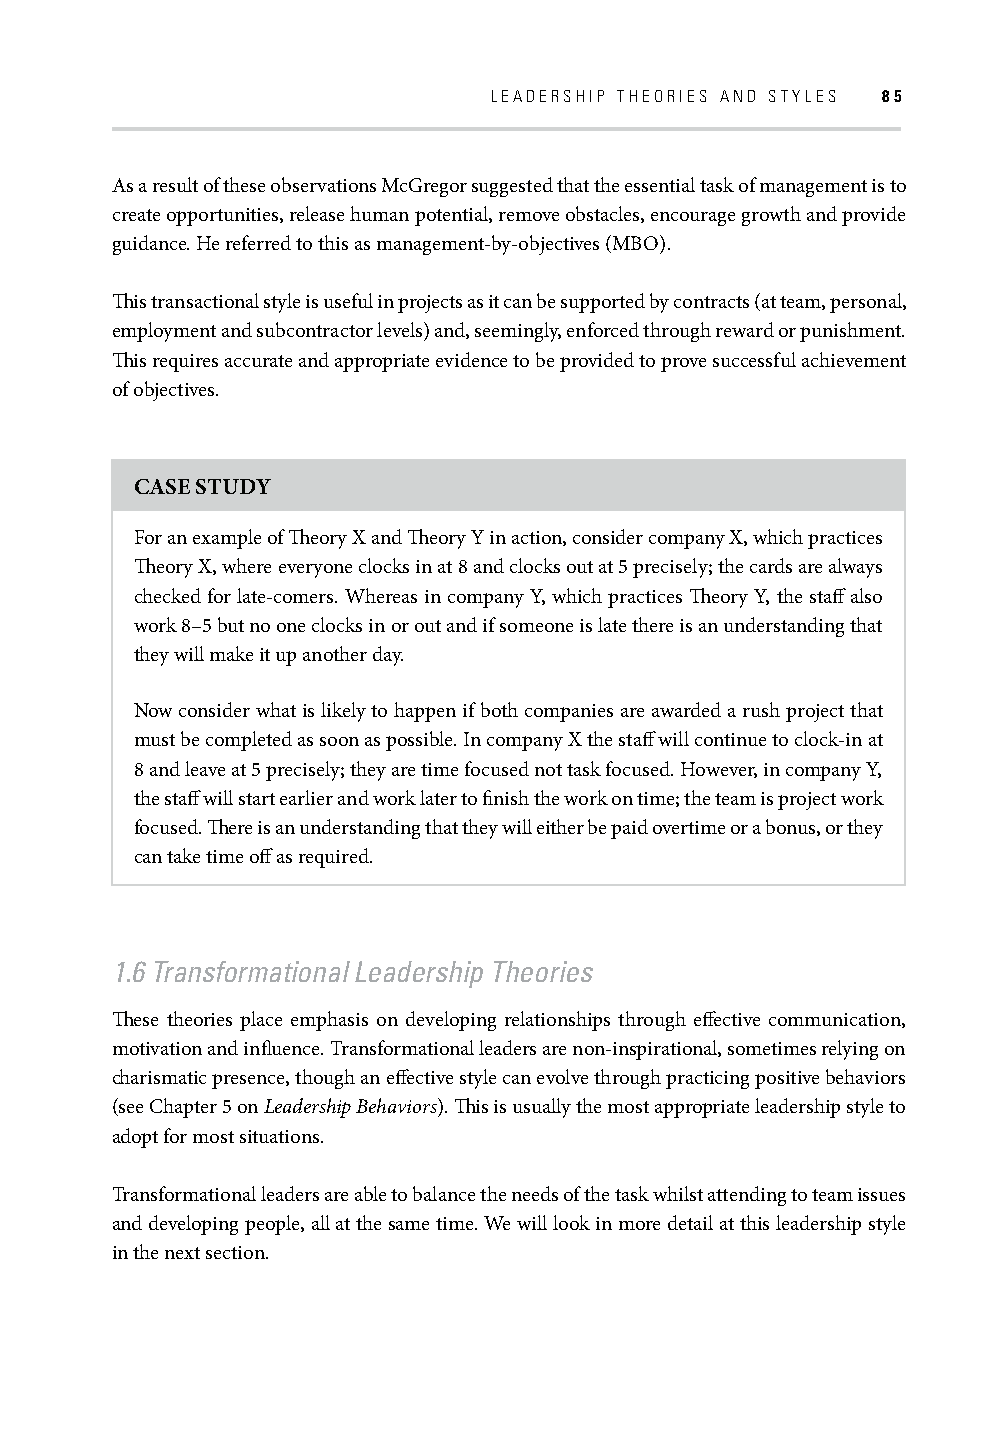
LEADERSHIP THEORIES AND STYLES 85
 As a result of these observations McGregor suggested that the essential task of management is to
 create opportunities, release human potential, remove obstacles, encourage growth and provide
 guidance. He referred to this as management-by-objectives (MBO).
 Th is transactional style is useful in projects as it can be supported by contracts (at team, personal,
 employment and subcontractor levels) and, seemingly, enforced through reward or punishment.
 Th is requires accurate and appropriate evidence to be provided to prove successful achievement
 of objectives.
 CASE STUDY
 For an example of Th eory X and Th eory Y in action, consider company X, which practices
 Th eory X, where everyone clocks in at 8 and clocks out at 5 precisely; the cards are always
 checked for late-comers. Whereas in company Y, which practices Th eory Y, the staff also
 work 8–5 but no one clocks in or out and if someone is late there is an understanding that
 they will make it up another day.
 Now consider what is likely to happen if both companies are awarded a rush project that
 must be completed as soon as possible. In company X the staff will continue to clock-in at
 8 and leave at 5 precisely; they are time focused not task focused. However, in company Y,
 the staff will start earlier and work later to fi nish the work on time; the team is project work
 focused. Th ere is an understanding that they will either be paid overtime or a bonus, or they
 can take time off as required.
 1.6 Transformational Leadership Theories
 Th ese theories place emphasis on developing relationships through eff ective communication,
 motivation and infl uence. Transformational leaders are non-inspirational, sometimes relying on
 charismatic presence, though an eff ective style can evolve through practicing positive behaviors
 (see Chapter 5 on Leadership Behaviors). Th is is usually the most appropriate leadership style to
 adopt for most situations.
 Transformational leaders are able to balance the needs of the task whilst attending to team issues
 and developing people, all at the same time. We will look in more detail at this leadership style
 in the next section.